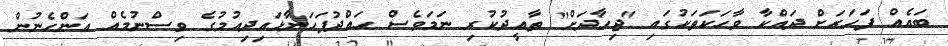
ބައެއް ފަހަރަށް ދައްކާ ވާހަކަތަކުގައި "ޖިހާދަށް" ތާއީދުކުރި ނަމަވެސް ހައްދުފަހަނާޅައިދިއުމުގެ ވިސްނުމެއް އަންހެނުން